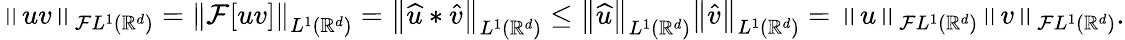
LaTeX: \begin{array}{r}{\left\| uv\right\| _{\mathcal{F}L^{1}({\mathbb{R}}^{d})}=\left\| \mathcal{F}[uv]\right\| _{L^{1}({\mathbb{R}}^{d})}=\left\| \widehat{u}*\widehat{v}\right\| _{L^{1}({\mathbb{R}}^{d})}\leq\left\| \widehat{u}\right\| _{L^{1}({\mathbb{R}}^{d})}\left\| \widehat{v}\right\| _{L^{1}({\mathbb{R}}^{d})}=\left\| u\right\| _{\mathcal{F}L^{1}({\mathbb{R}}^{d})}\left\| v\right\| _{\mathcal{F}L^{1}({\mathbb{R}}^{d})}.}\end{array}